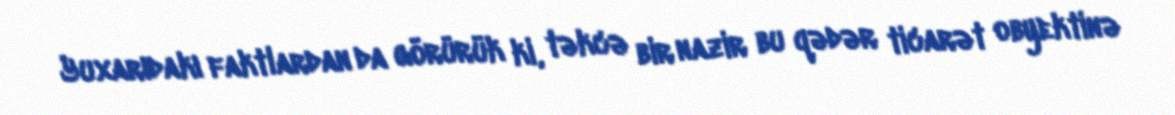
Yuxarıdakı faktlardan da görürük ki, təkcə bir nazir bu qədər ticarət obyektinə